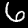
Digit: 6